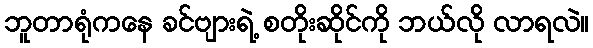
ဘူတာရုံကနေ ခင်ဗျားရဲ့ စတိုးဆိုင်ကို ဘယ်လို လာရလဲ။